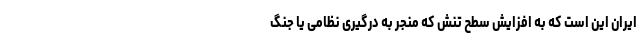
ایران این است که به افزایش سطح تنش که منجر به درگیری نظامی یا جنگ